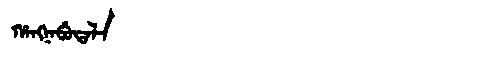
Manchu: ᡥᠠᠩᠨᠠᠪᡠᡨᠠᠯᠠ
Romanization: HANGNABUTALA